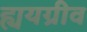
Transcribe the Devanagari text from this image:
ह्ययग्रीव